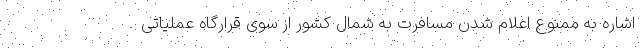
اشاره به ممنوع اعلام شدن مسافرت به شمال کشور از سوی قرارگاه عملیاتی